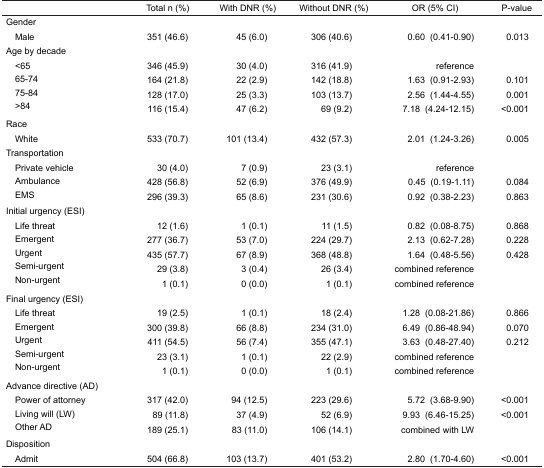
<table><thead><tr><td></td><td><b>Total n (%)</b></td><td><b>With DNR (%)</b></td><td><b>Without DNR (%)</b></td><td><b>OR (5% CI)</b></td><td><b>P-value</b></td></tr></thead><tbody><tr><td colspan="6">Gender</td></tr><tr><td> Male</td><td>351 (46.6)</td><td>45 (6.0)</td><td>306 (40.6)</td><td>0.60 (0.41–0.90)</td><td>0.013</td></tr><tr><td colspan="6">Age by decade</td></tr><tr><td> &lt;65</td><td>346 (45.9)</td><td>30 (4.0)</td><td>316 (41.9)</td><td>reference</td><td></td></tr><tr><td> 65–74</td><td>164 (21.8)</td><td>22 (2.9)</td><td>142 (18.8)</td><td>1.63 (0.91–2.93)</td><td>0.101</td></tr><tr><td> 75–84</td><td>128 (17.0)</td><td>25 (3.3)</td><td>103 (13.7)</td><td>2.56 (1.44–4.55)</td><td>0.001</td></tr><tr><td> &gt;84</td><td>116 (15.4)</td><td>47 (6.2)</td><td>69 (9.2)</td><td>7.18 (4.24–12.15)</td><td>&lt;0.001</td></tr><tr><td colspan="6">Race</td></tr><tr><td> White</td><td>533 (70.7)</td><td>101 (13.4)</td><td>432 (57.3)</td><td>2.01 (1.24–3.26)</td><td>0.005</td></tr><tr><td colspan="6">Transportation</td></tr><tr><td> Private vehicle</td><td>30 (4.0)</td><td>7 (0.9)</td><td>23 (3.1)</td><td>reference</td><td></td></tr><tr><td> Ambulance</td><td>428 (56.8)</td><td>52 (6.9)</td><td>376 (49.9)</td><td>0.45 (0.19–1.11)</td><td>0.084</td></tr><tr><td> EMS</td><td>296 (39.3)</td><td>65 (8.6)</td><td>231 (30.6)</td><td>0.92 (0.38–2.23)</td><td>0.863</td></tr><tr><td colspan="6">Initial urgency (ESI)</td></tr><tr><td> Life threat</td><td>12 (1.6)</td><td>1 (0.1)</td><td>11 (1.5)</td><td>0.82 (0.08–8.75)</td><td>0.868</td></tr><tr><td> Emergent</td><td>277 (36.7)</td><td>53 (7.0)</td><td>224 (29.7)</td><td>2.13 (0.62–7.28)</td><td>0.228</td></tr><tr><td> Urgent</td><td>435 (57.7)</td><td>67 (8.9)</td><td>368 (48.8)</td><td>1.64 (0.48–5.56)</td><td>0.428</td></tr><tr><td> Semi-urgent</td><td>29 (3.8)</td><td>3 (0.4)</td><td>26 (3.4)</td><td>combined reference</td><td></td></tr><tr><td> Non-urgent</td><td>1 (0.1)</td><td>0 (0.0)</td><td>1 (0.1)</td><td>combined reference</td><td></td></tr><tr><td colspan="6">Final urgency (ESI)</td></tr><tr><td> Life threat</td><td>19 (2.5)</td><td>1 (0.1)</td><td>18 (2.4)</td><td>1.28 (0.08–21.86)</td><td>0.866</td></tr><tr><td> Emergent</td><td>300 (39.8)</td><td>66 (8.8)</td><td>234 (31.0)</td><td>6.49 (0.86–48.94)</td><td>0.070</td></tr><tr><td> Urgent</td><td>411 (54.5)</td><td>56 (7.4)</td><td>355 (47.1)</td><td>3.63 (0.48–27.40)</td><td>0.212</td></tr><tr><td> Semi-urgent</td><td>23 (3.1)</td><td>1 (0.1)</td><td>22 (2.9)</td><td>combined reference</td><td></td></tr><tr><td> Non-urgent</td><td>1 (0.1)</td><td>0 (0.0)</td><td>1 (0.1)</td><td>combined reference</td><td></td></tr><tr><td colspan="6">Advance directive (AD)</td></tr><tr><td> Power of attorney</td><td>317 (42.0)</td><td>94 (12.5)</td><td>223 (29.6)</td><td>5.72 (3.68–9.90)</td><td>&lt;0.001</td></tr><tr><td> Living will (LW)</td><td>89 (11.8)</td><td>37 (4.9)</td><td>52 (6.9)</td><td>9.93 (6.46–15.25)</td><td>&lt;0.001</td></tr><tr><td> Other AD</td><td>189 (25.1)</td><td>83 (11.0)</td><td>106 (14.1)</td><td>combined with LW</td><td></td></tr><tr><td colspan="6">Disposition</td></tr><tr><td> Admit</td><td>504 (66.8)</td><td>103 (13.7)</td><td>401 (53.2)</td><td>2.80 (1.70–4.60)</td><td>&lt;0.001</td></tr></tbody></table>